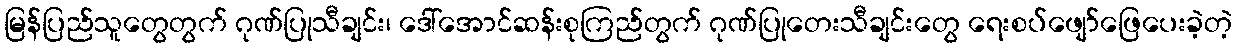
မြန်ပြည်သူတွေတွက် ဂုဏ်ပြုသီချင်း၊ ဒေါ်အောင်ဆန်းစုကြည်တွက် ဂုဏ်ပြုတေးသီချင်းတွေ ရေးစပ်ဖျော်ဖြေပေးခဲ့တဲ့